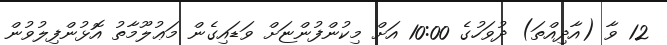
12 ވާ (އާދިއްތަ) ދުވަހުގެ 10:00 އަށް މިކުންފުންޏަށް ވަޑައިގެން މަޢުލޫމާތު އޮޅުންފިލުވުން